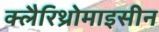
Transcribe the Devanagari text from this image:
क्लैरिथ्रोमाइसीन